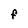
Character: F